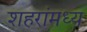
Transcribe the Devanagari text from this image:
शहरांमध्य